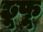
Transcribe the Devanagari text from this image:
छूफू